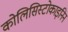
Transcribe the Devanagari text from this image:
कोलिसिस्टोकाइनिन